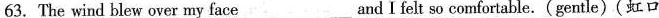
63.The wind blew over my face_and I felt so comfortable.(gentle)(虹口